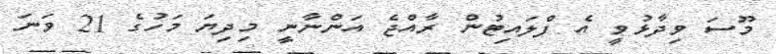
މޫސަ ވިދާޅުވީ އެ ފްލައިޓުން ރާއްޖެ އަންނާނީ މިދިޔަ މަހުގެ 21 ވަނަ